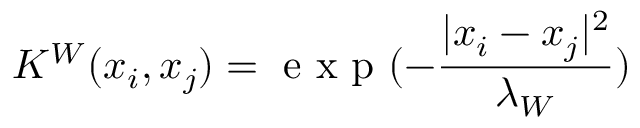
K ^ { W } ( x _ { i } , x _ { j } ) = \mathrm { ~ e ~ x ~ p ~ } ( - \frac { | x _ { i } - x _ { j } | ^ { 2 } } { \lambda _ { W } } )